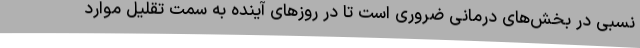
نسبی در بخش‌های درمانی ضروری است تا در روزهای آینده به سمت تقلیل موارد